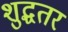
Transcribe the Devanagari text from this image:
शुद्धतर